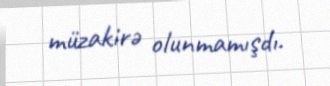
müzakirə olunmamışdı.